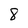
Character: 8